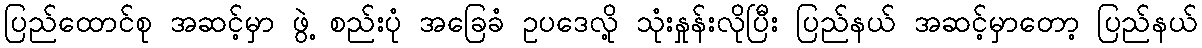
ပြည်ထောင်စု အဆင့်မှာ ဖွဲ့ စည်းပုံ အခြေခံ ဥပဒေလို့ သုံးနှုန်းလိုပြီး ပြည်နယ် အဆင့်မှာတော့ ပြည်နယ်